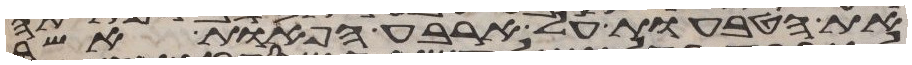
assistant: את הטבעות על ארבע הפאות אשר